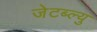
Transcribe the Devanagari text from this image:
जेटब्ल्यु